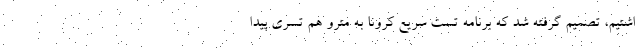
اشتیم، تصمیم گرفته شد که برنامه تست سریع کرونا به مترو هم تسری پیدا